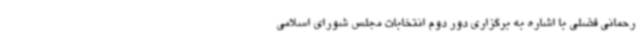
رحمانی فضلی با اشاره به برگزاری دور دوم انتخابات مجلس شورای اسلامی